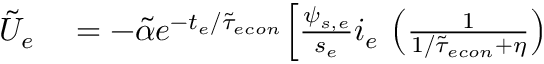
\begin{array} { r l } { \tilde { U } _ { e } } & { { } = - \tilde { \alpha } e ^ { - t _ { e } / \tilde { \tau } _ { e c o n } } \Big [ \frac { \psi _ { s , e } } { s _ { e } } i _ { e } \, \left( \frac { 1 } { 1 / \tilde { \tau } _ { e c o n } + \eta } \right) } \end{array}